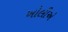
ખોલીએ